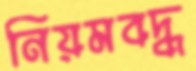
নিয়মবদ্ধ